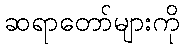
ဆရာတော်များကို